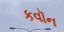
કવૉન